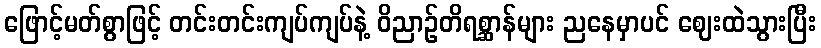
ဖြောင့်မတ်စွာဖြင့် တင်းတင်းကျပ်ကျပ်နဲ့ ဝိညာဉ်တိရစ္ဆာန်များ ညနေမှာပင် ဈေးထဲသွားပြီး